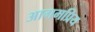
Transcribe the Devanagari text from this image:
आगमप्रिय